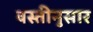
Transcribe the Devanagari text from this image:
वस्तीनुसार